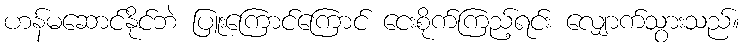
ဟန်မဆောင်နိုင်ဘဲ ပြူးကြောင်ကြောင် ငေးစိုက်ကြည့်ရင်း လျှောက်သွားသည်။